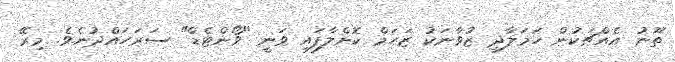
ތޫނު އެއްޗަކުން ހަމަލާދީ ޒުވާނަކު ޒަހަމް ކޮށްލާފައި ވަނީ "ވޯންޓެޑް" ސަރަހައްދުނެވެ. މިރޭ